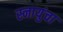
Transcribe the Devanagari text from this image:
स्नायुंचा